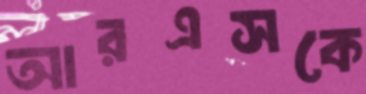
আরএসকে